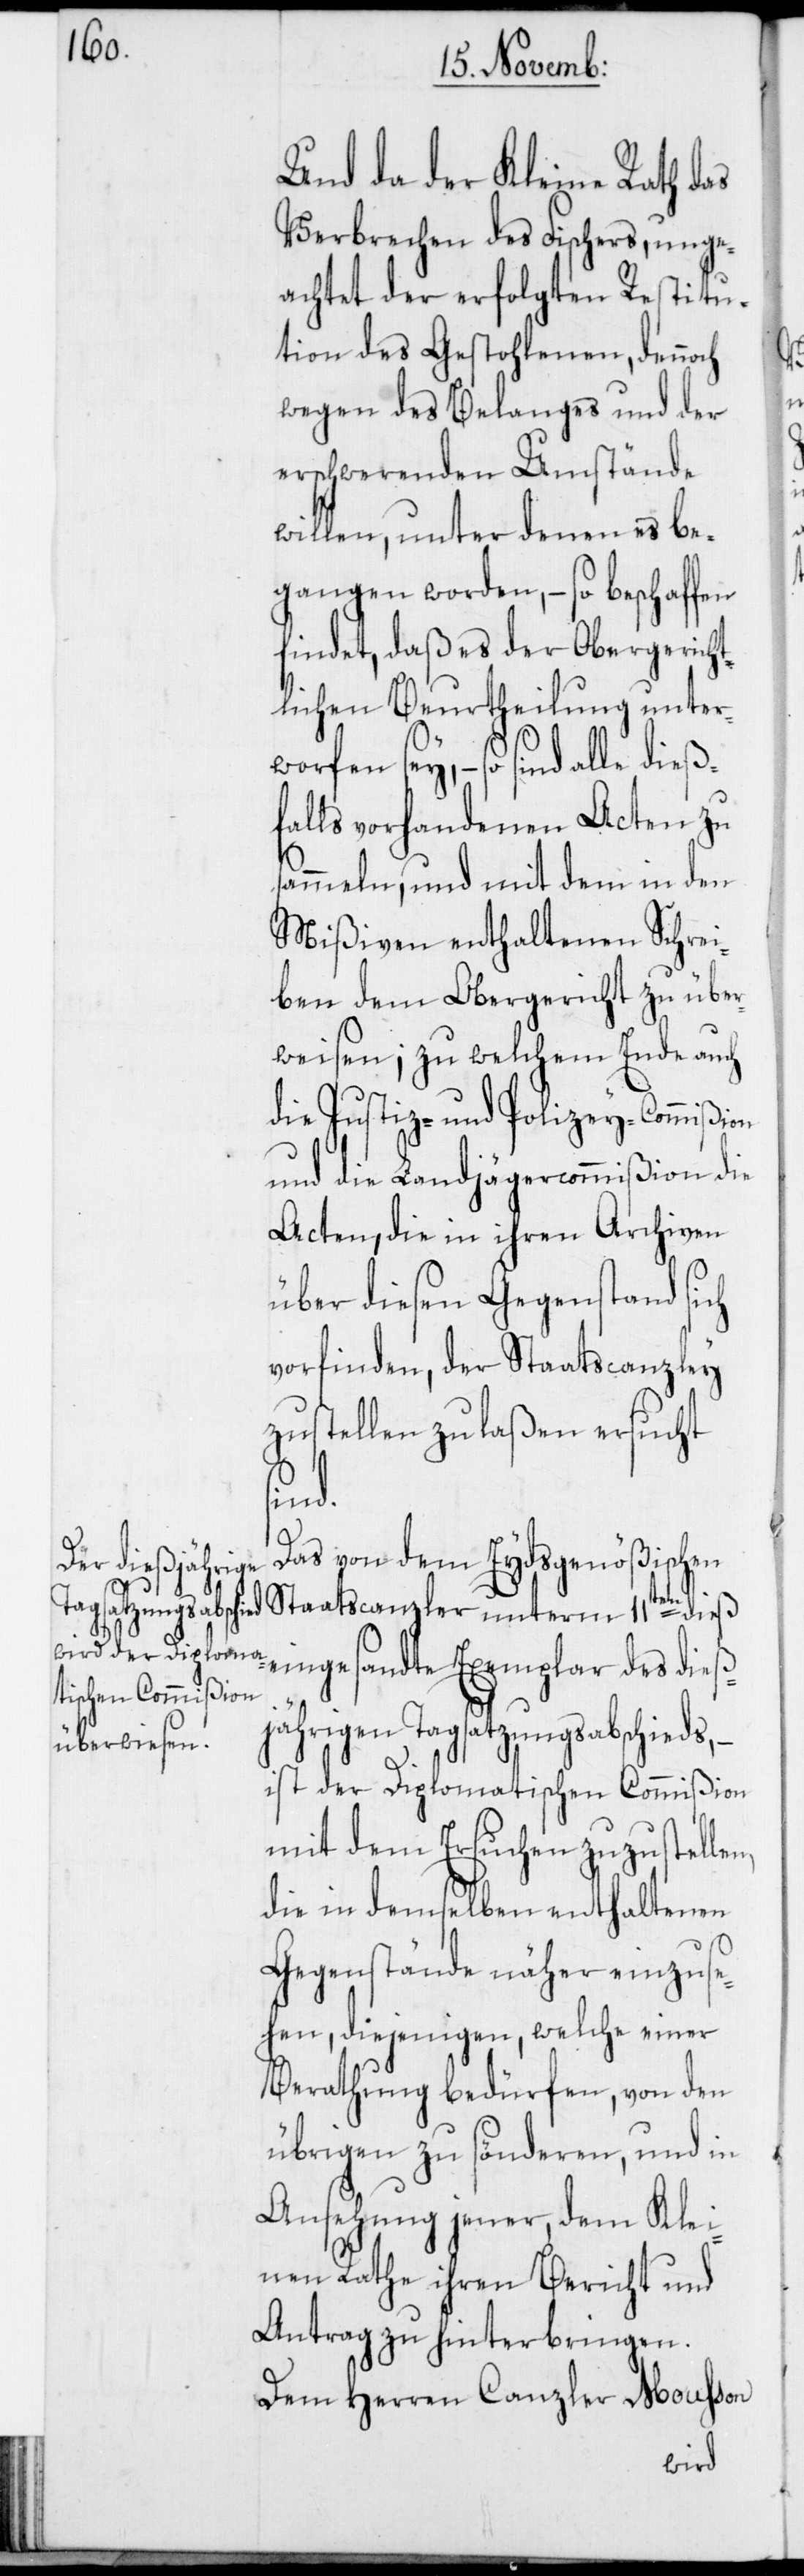
Und da der Kleine Rath das
Verbrechen des Fischers, unge¬
achtet der erfolgten Restitu¬
tion des Gestohlenen, dennoch
wegen des Belanges und der
erschwerenden Umstände
willen, unter denen es be¬
gangen worden, – so beschaffen
findet, daß es der Obergericht¬
lichen Beurtheilung unter¬
worfen sey, – so si¬
falls vorhandenen Acten zu
sammeln, und mit dem in den
Mißiven enthaltenen Schrei¬
ben dem Obergericht zu über¬
weisen; zu welchem Ende auch
die Justiz- und Polizey-Commißion
und die Landjägercommißion die
Acten, die in ihren Archiven
über diesen Gegenstand sich
vorfinden, der Staatscanzley
zustellen zu laßen ersucht
n,
s¬
Das von dem Eydsgenößischen
Staatscanzler unterm 11ten dieß
eingesandte Exemplar des dieß¬
jährigen Tagsatzungsabschieds, –
ist der Diplomatischen Commißion
mit dem Ersuchen zuzustelle¬
die in demselben enthaltenen
Gegenstände näher einzuse¬
hen, diejenigen, welche einer
Berathung bedürfen, von den
übrigen zu sönderen, und in
Ansehung jener, dem Klei¬
nen Rathe ihren Bericht und
Antrag zu hinterbringen.
Dem Herren Canzler Mousson